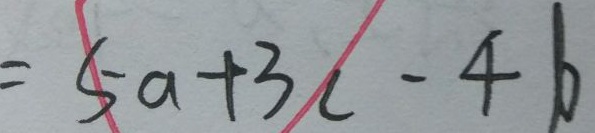
= 5 a + 3 c - 4 b